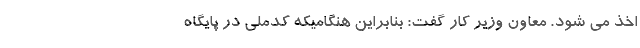
اخذ می شود. معاون وزیر کار گفت: بنابراین هنگامیکه کدملی در پایگاه